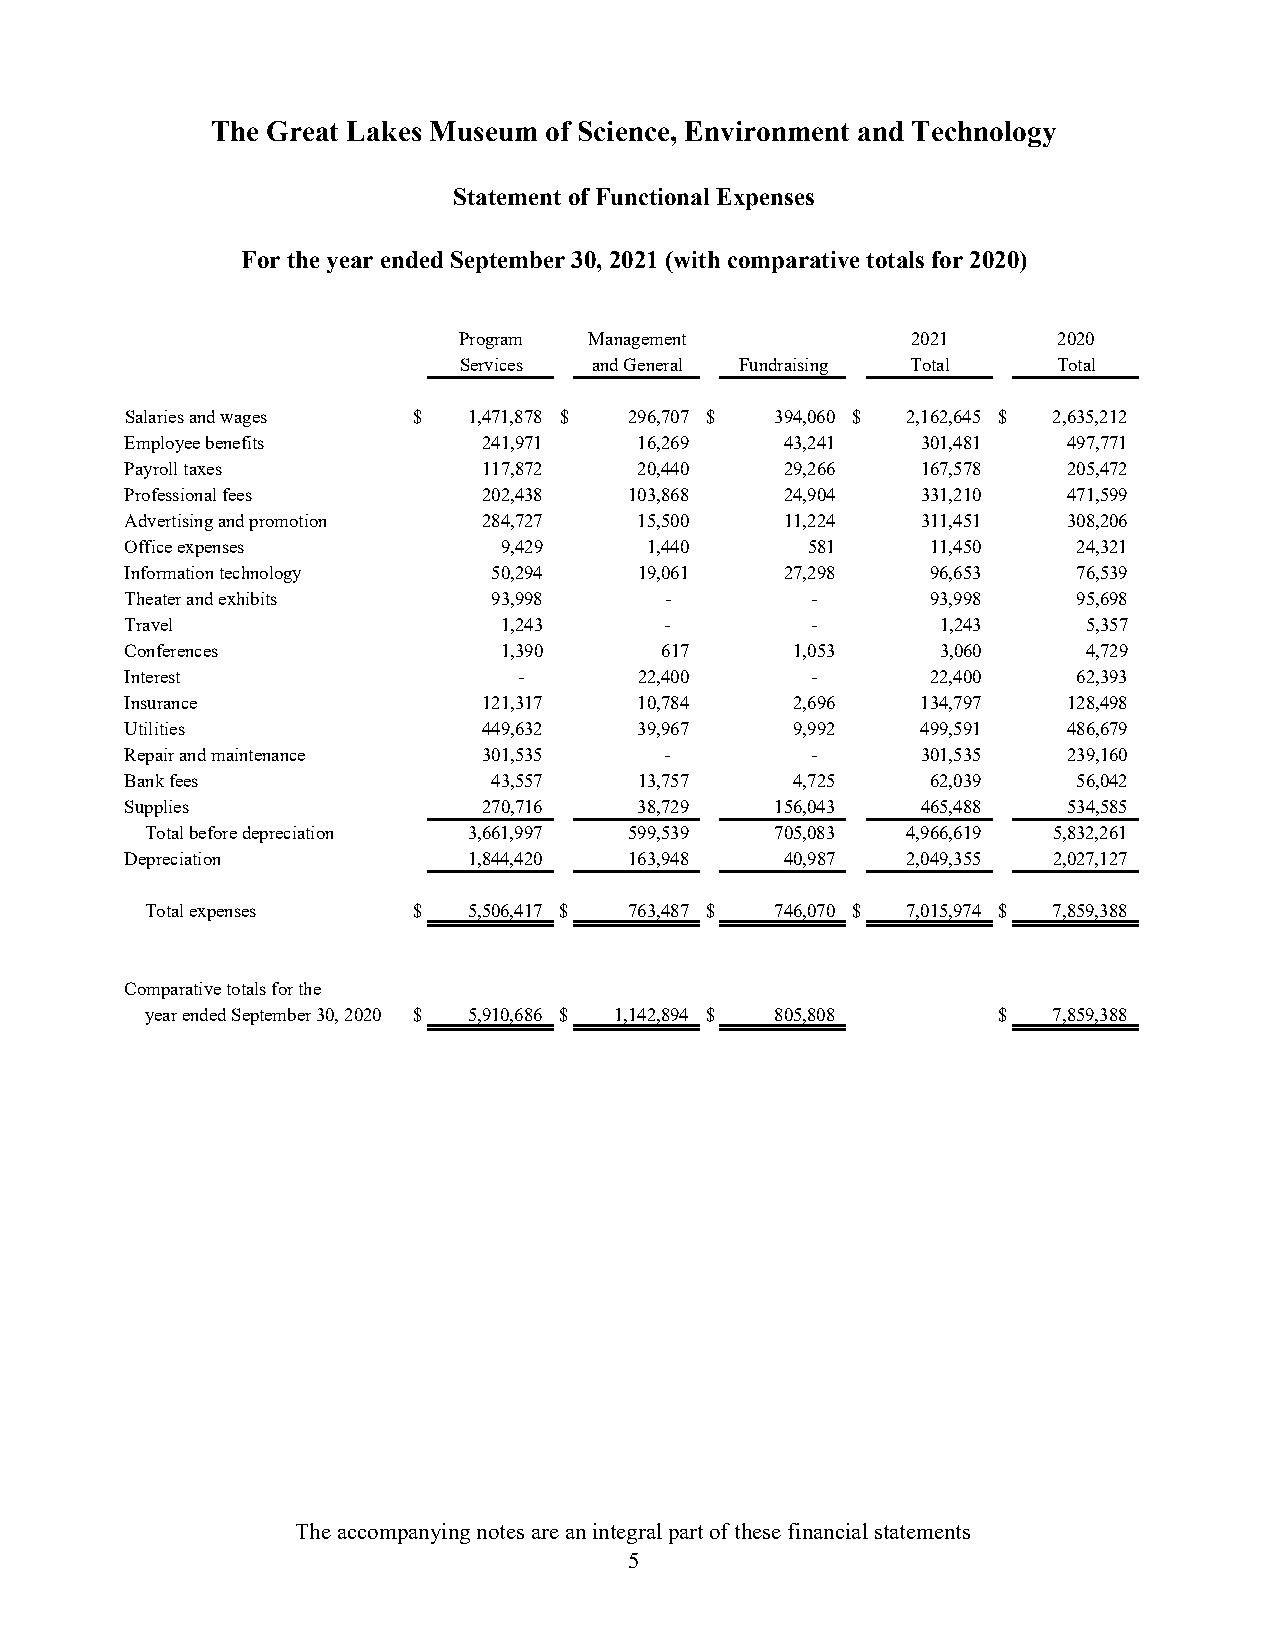
The Great Lakes Museum of Science, Environment and Technology
 Statement of Functional Expenses
 For the year ended September 30, 2021 (with comparative totals for 2020)
 Program  Management           2021      2020
 Services and General Fundraising Total  Total
 Salaries and wages $   1,471,878 $ 296,707 $ 394,060 $ 2,162,645 $ 2,635,212
 Employee benefits       241,971   16,269    43,241   301,481   497,771
 Payroll taxes           117,872   20,440    29,266   167,578   205,472
 Professional fees       202,438   103,868   24,904   331,210   471,599
 Advertising and promotion 284,727 15,500    11,224   311,451   308,206
 Office expenses          9,429     1,440     581      11,450   24,321
 Information technology   50,294   19,061    27,298    96,653   76,539
 Theater and exhibits     93,998     -         -       93,998   95,698
 Travel                   1,243      -         -       1,243     5,357
 Conferences              1,390      617      1,053    3,060     4,729
 Interest                  -       22,400      -       22,400   62,393
 Insurance               121,317   10,784     2,696   134,797   128,498
 Utilities               449,632   39,967     9,992   499,591   486,679
 Repair and maintenance  301,535     -         -      301,535   239,160
 Bank fees                43,557   13,757     4,725    62,039   56,042
 Supplies                270,716   38,729   156,043   465,488   534,585
 Total before depreciation 3,661,997 599,539 705,083 4,966,619 5,832,261
 Depreciation           1,844,420  163,948   40,987  2,049,355 2,027,127
 Total expenses   $   5,506,417 $ 763,487 $ 746,070 $ 7,015,974 $ 7,859,388
 Comparative totals for the
 year ended September 30, 2020 $ 5,910,686 $ 1,142,894 $ 805,808 $ 7,859,388
 The accompanying notes are an integral part of these financial statements
 5